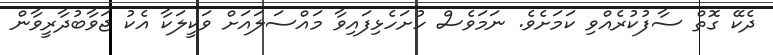
ދެކޭ ގޮތް ސާފުކުރެއްވި ކަމަށެވެ. ނަމަވެސް ހުށަހެޅިފައިވާ މައްސަލައަށް ވަކީލަކާ އެކު ޖަވާބުދާރީވާން